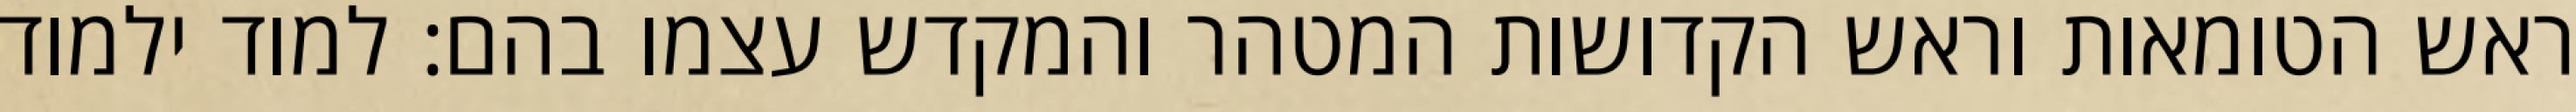
ראש הטומאות וראש הקדושות המטהר והמקדש עצמו בהם: למוד ילמוד